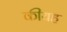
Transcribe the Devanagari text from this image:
कीयह